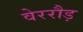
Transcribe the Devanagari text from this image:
वेररौड़